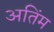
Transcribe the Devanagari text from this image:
अतिंम